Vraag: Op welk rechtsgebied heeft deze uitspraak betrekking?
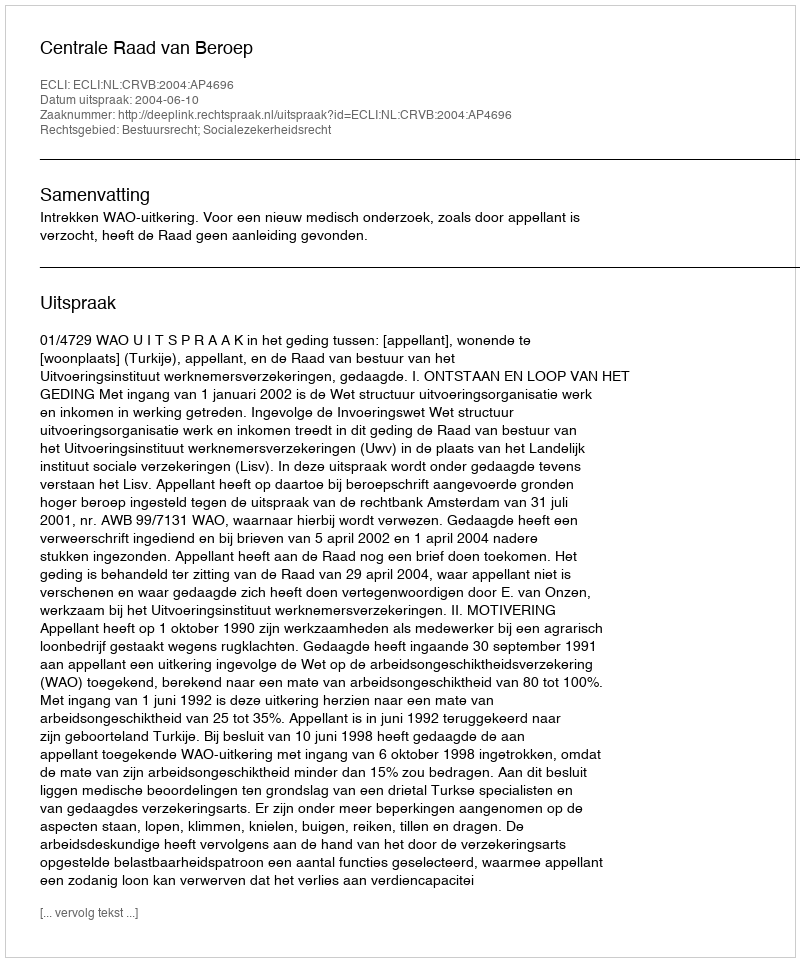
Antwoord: Bestuursrecht; Socialezekerheidsrecht